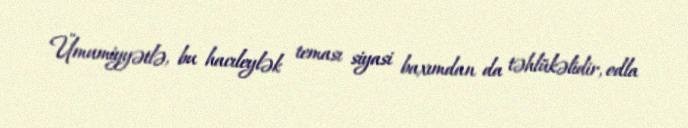
Ümumiyyətlə, bu hacıleylək teması siyasi baxımdan da təhlükəlidir, odla